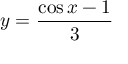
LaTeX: y = { \frac { \cos x - 1 } { 3 } }